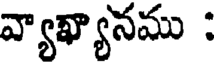
వ్యాఖ్యానము :